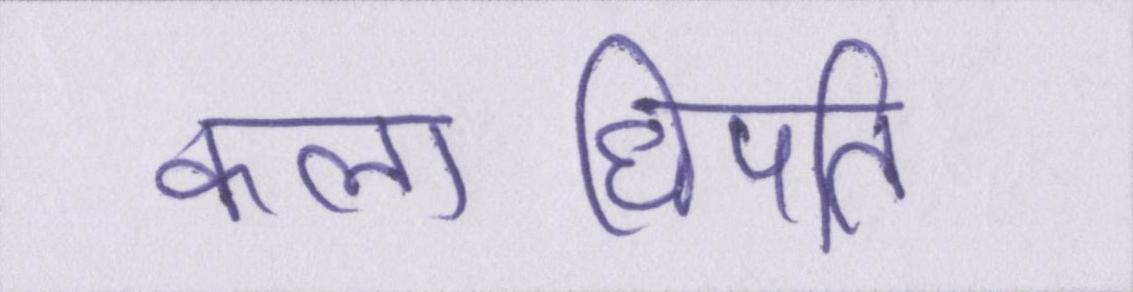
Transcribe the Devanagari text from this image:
कलाधिपति